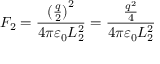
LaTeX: F _ { 2 } = { \frac { { ( { \frac { q } { 2 } } ) } ^ { 2 } } { 4 \pi \varepsilon _ { 0 } L _ { 2 } ^ { 2 } } } = { \frac { \frac { q ^ { 2 } } { 4 } } { 4 \pi \varepsilon _ { 0 } L _ { 2 } ^ { 2 } } } \,